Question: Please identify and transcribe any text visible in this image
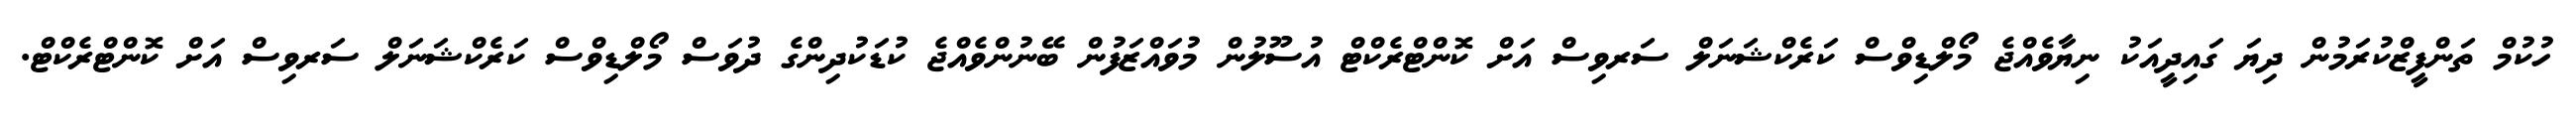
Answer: ހުކުމް ތަންފީޒްކުރަމުން ދިޔަ ގައިދީއަކު ނިޔާވެއްޖެ މޯލްޑިވްސް ކަރެކްޝަނަލް ސަރވިސް އަށް ކޮންޓްރެކްޓް އުސޫލުން މުވައްޒަފުން ބޭނުންވެއްޖެ ކުޑަކުދިންގެ ދުވަސް މޯލްޑިވްސް ކަރެކްޝަނަލް ސަރވިސް އަށް ކޮންޓްރެކްޓް.